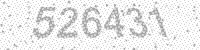
Solution: 526431